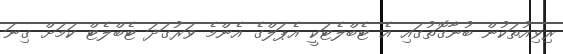
ރިވިއުތަކުން ބުނާގޮތުގައި އެ ޓެބްލެޓަކީ އެޕަލްގެ އެންމެ ވަރުގަދަ ޓެބްލެޓް ކަމަށް ގިނަ